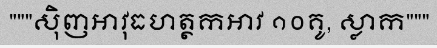
"""ស៊ិញអាវុធហត្ថកអាវ ១០គូ, ស្លាក"""